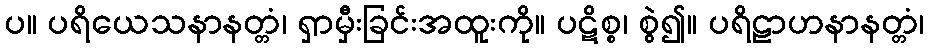
ပ။ ပရိယေသနာနတ္တံ၊ ရှာမှီးခြင်းအထူးကို။ ပဋိစ္စ၊ စွဲ၍။ ပရိဠာဟနာနတ္တံ၊